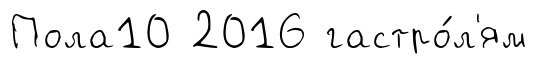
Пола10 2016 гастро́л'ям